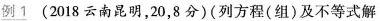
例1(2018云南昆明，20，8分)(列方程(组)及不等式解